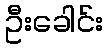
ဦးခေါင်း